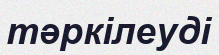
тәркілеуді